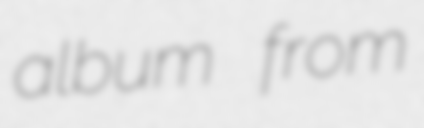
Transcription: album from